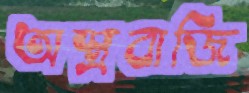
অস্ত্রবাজি